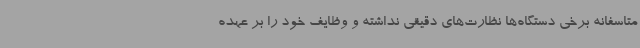
متاسفانه برخی دستگاه‌ها نظارت‌های دقیقی نداشته و وظایف خود را بر عهده